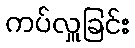
ကပ်လှူခြင်း